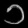
Digit: ၁